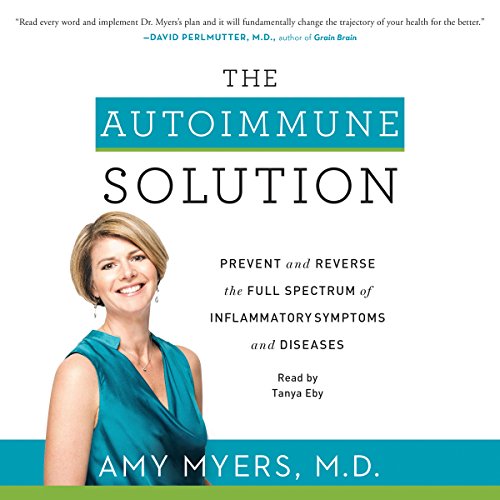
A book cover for The Autoimmune Solution: Prevent and Reverse the Full Spectrum of Inflammatory Symptoms and Diseases; Amy Myers; Medical Books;